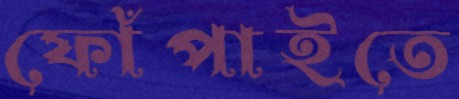
ফোঁপাইতে